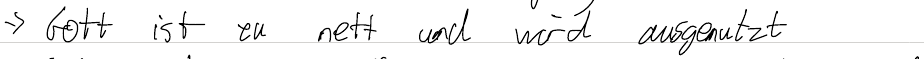
-> Gott ist zu nett und wird ausgenutzt